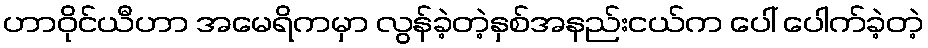
ဟာဝိုင်ယီဟာ အမေရိကမှာ လွန်ခဲ့တဲ့နှစ်အနည်းငယ်က ပေါ် ပေါက်ခဲ့တဲ့